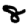
Digit: 8